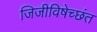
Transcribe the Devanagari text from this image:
जिजीविषेच्छंत